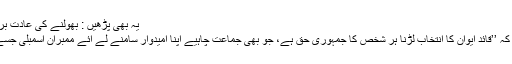
یہ بھی پڑھیں : بھولنے کی عادت برقرار،قائم علی شاہ کے استعفیٰ میں تحریری غلطی
ایک سوال کے جواب میں آغا سراج درانی نے کہا کہ ’’قائد ایوان کا انتخاب لڑنا ہر شخص کا جمہوری حق ہے، جو بھی جماعت چاہیے اپنا امیدوار سامنے لے آئے ممبرانِ اسمبلی جسے بہتر سمجھیں گے اُسے اپنا ووٹ دے دیں گے‘‘۔